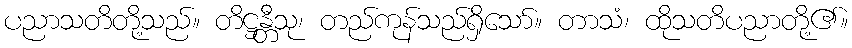
ပညာသတိတို့သည်။ တိဋ္ဌန္တီသု၊ တည်ကုန်သည်ရှိသော်။ တာသံ၊ ထိုသတိပညာတို့၏။